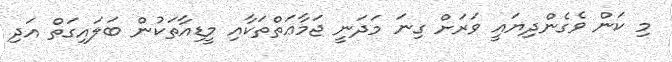
މި ކަން ވެގެންދިޔައީ ވަރަށް ގިނަ މަދަނީ ޖަމާޢަތްތަކާއި މީޑިއާތަކުން ބަލައިގަތް އަދި